Lock hospitals Punjab
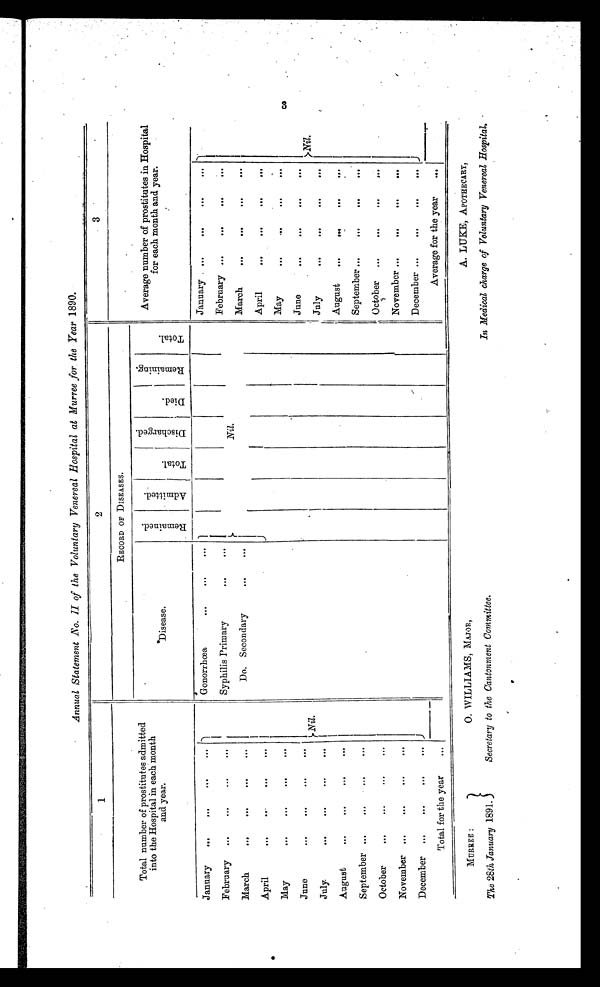
MURREE :
O.WILLIAMS, MAJOR,
The 28th January 1891.
Secretary to the Cantonment Committee.
A. LUKE, APOTHECARY,
In Medical charge of Voluntary Venereal Hospital.
Annual Statement No. II of the Voluntary Venereal Hospital at Murree for the Year 1890.
1
2
3
Total number of prostitutes admitted
into the Hospital in each month
and year.
RECORD OF DISEASES.
Average number of prostitutes in Hospital
for each month and year.
D i s e a s e .
R e m a i n e d .
A d m i t t e d .
T o t a l .
D i s c h a r g e d .
D i e d .
R e m a i n i n g .
T o t a l .
January
. . .
. . .
. . .
. . .
Nil.
Gonorrhœa
...
...
...
Nil.
January
...
. . . ...
. . .
Nil.
February
...
. . .
...
. . .
Syphilis Primary
...
...
February ...
. . .
. . .
. . .
March
. . .
. . .
. . .
. . .
Do. Secondary
. . .
. . .
March
. . .
. . . ...
...
April
. . .
. . .
. . .
. . .
April
. . .
. . .
. . .
...
May
...
. . .
. . .
...
May
. . .
. . . ...
...
June
. . .
. . .
. . .
. . .
June
. . .
. . .
. . .
. . .
July
. . .
. . .
...
. . .
July
. . .
. . .
. . .
. . .
August
...
. . .
. . .
. . .
August
. . .
. . .
. . .
. . .
September ...
. . .
. . .
. . .
September ...
...
. . .
...
October
...
. . . ...
. . .
October
. . .
...
...
. . .
November ...
. . .
...
. . .
November ...
. . .
. . .
. . .
December ...
. . .
. . .
. . .
December ...
. . .
. . .
. . .
Total for the year
. . .
Average for the year
. . .
3